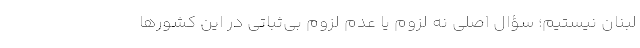
لبنان نیستیم؛ سؤال اصلی نه لزوم یا عدم لزوم بی‌ثباتی در این کشورها